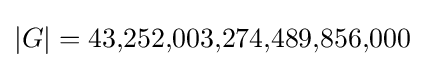
|G|=43{,}252{,}003{,}274{,}489{,}856{,}000\,\!